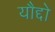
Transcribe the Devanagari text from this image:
यौद्दो